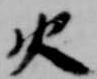
火